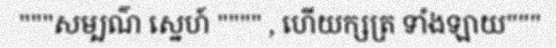
"""សម្បណ៌ ស្នេហ៍ """" , ហើយក្សត្រ ទាំងឡាយ"""